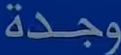
وجدة